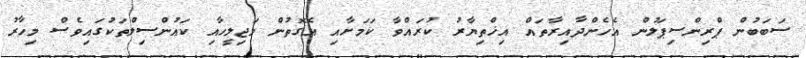
ސަބަބުން ޕްރިންސިޕަލުން އެހެންދާއިރާތައް އިޚްތިޔާރު ކުރައްވާ ކަމަށާއި އެގޮތުން މަޖިލީހާއި ކައުންސިލްތަކުގައިވެސް މިހާރު